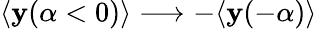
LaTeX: \langle\mathbf{y}(\alpha<0)\rangle\longrightarrow-\langle\mathbf{y}(-\alpha)\rangle